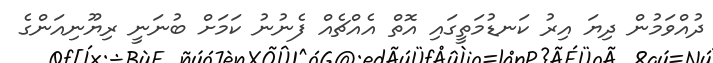
ދުއްވަމުން ދިޔަ އިރު ކަނޑުމަތީގައި އޮތް އެއްޗެއް ފެނުނު ކަމަށް ބުނަނީ ރިޔޫނިއަންގެ